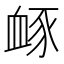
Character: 𧖹